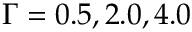
\Gamma = 0 . 5 , 2 . 0 , 4 . 0